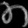
Digit: ၈